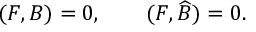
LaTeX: ( F , B ) = 0 , \qquad ( F , \widehat { B } ) = 0 .